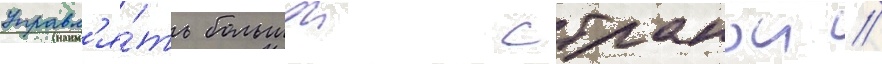
управл'я́ть большои странои //